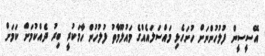
އޭސީސީން ފުލުހުންނަށް ހުށަހެޅި މައްސަލައެއްގެ މައުލޫމާތު ފުލުހުން ހާމަކުރީ ބިރު ދެއްކުމަށް ކަމަށް